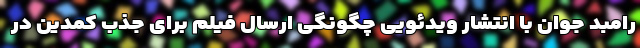
رامبد جوان با انتشار ویدئویی چگونگی ارسال فیلم برای جذب کمدین در